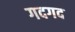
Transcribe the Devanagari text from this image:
गदगद